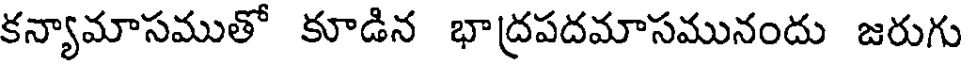
కన్యామాసముతో కూడిన భాద్రపదమాసమునందు జరుగు